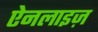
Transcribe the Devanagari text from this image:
ऐनलाइज़